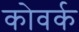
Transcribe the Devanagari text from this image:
कोवर्क